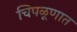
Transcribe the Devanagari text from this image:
चिपळूणात